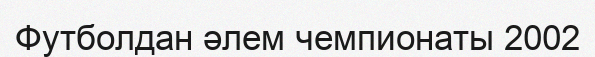
Футболдан әлем чемпионаты 2002